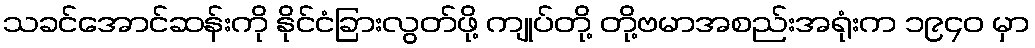
သခင်အောင်ဆန်းကို နိုင်ငံခြားလွတ်ဖို့ ကျုပ်တို့ တို့ဗမာအစည်းအရုံးက ၁၉၄၀ မှာ